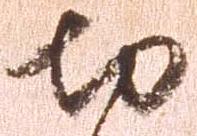
切